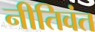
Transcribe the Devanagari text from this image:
नीतिवंत